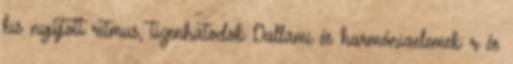
kis nyújtott ritmus, tizenhatodok Dallami és harmóniaelemek: r és